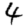
Digit: 4